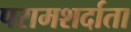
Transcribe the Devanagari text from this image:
परामशर्दाता